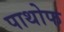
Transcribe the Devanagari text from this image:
पाथोफ